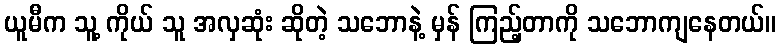
ယူမီက သူ့ ကိုယ် သူ အလှဆုံး ဆိုတဲ့ သဘောနဲ့ မှန် ကြည့်တာကို သဘောကျနေတယ်။